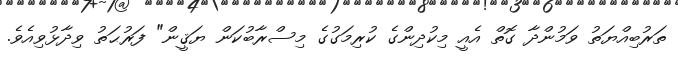
ތަރުބިއްޔަތު ވަމުންދާ ގޮތް އެއީ މިކުދިންގެ ކުރިމަގުގެ މިސްރާބުކަން ޔަޤީން" ފަރުޙަތު ވިދާޅުވިއެވެ.